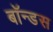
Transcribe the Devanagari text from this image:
बॉन्डस